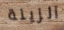
الزينة